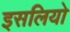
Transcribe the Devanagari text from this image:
इसलियो